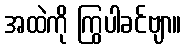
အထဲကို ကြွပါခင်ဗျာ။